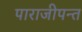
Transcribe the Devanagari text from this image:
पाराजीपन्त